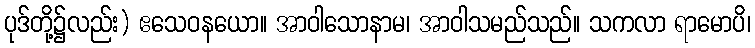
ပုဒ်တို့၌လည်း) ဧသေဝနယော။ အာဝါသောနာမ၊ အာဝါသမည်သည်။ သကလာ ရာမောပိ၊